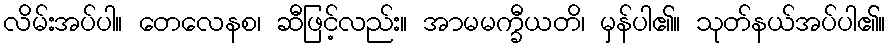
လိမ်းအပ်ပါ။ တေလေနစ၊ ဆီဖြင့်လည်း။ အာမမက္ခီယတိ၊ မှန်ပါ၏။ သုတ်နယ်အပ်ပါ၏။